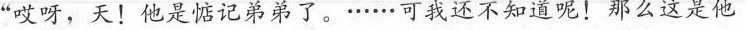
“哎呀，天!他是惦记弟弟了。......可我还不知道呢!那么这是他